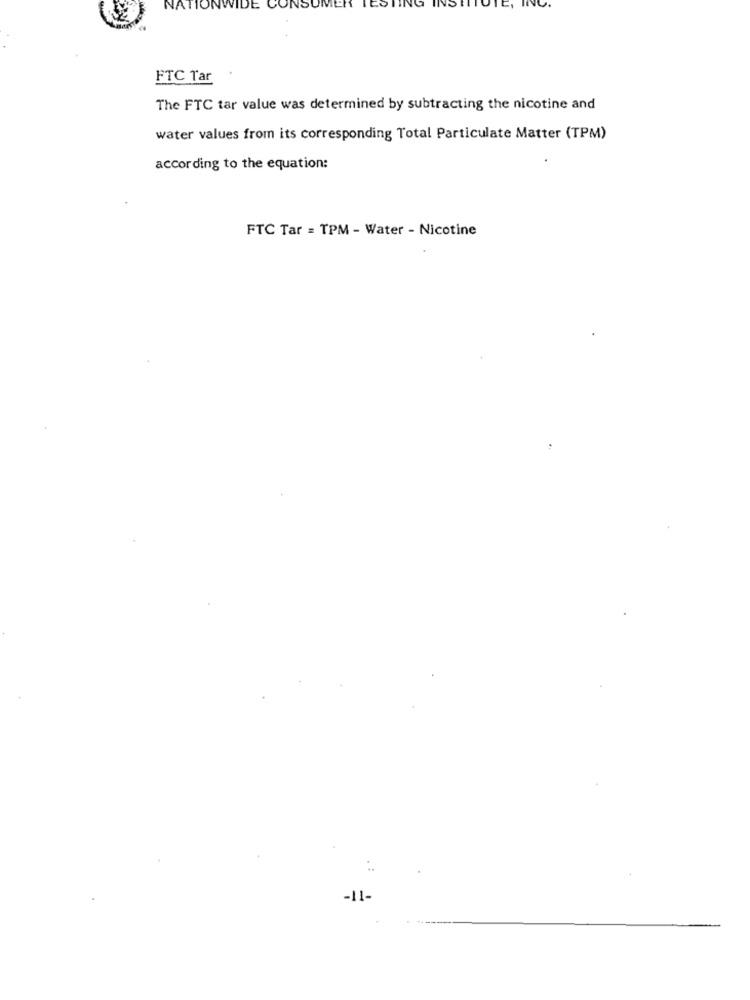
NA
VIDE
FTC Tar
The FTC tar value was determined by subtracting the nicotine and
water values from its corresponding Total Particulate Matter (TPM)
according to the equation:
FTC Tar = TPM - Water - Nicotine
-11-